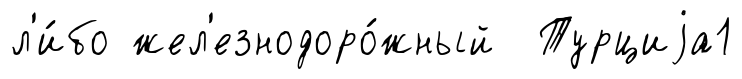
л'и́бо жел'езнодоро́жный Турциjа1